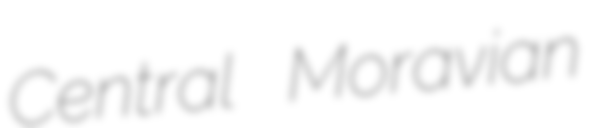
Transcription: Central Moravian